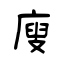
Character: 廋